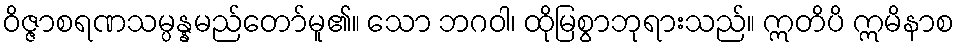
ဝိဇ္ဇာစရဏသမ္ပန္နမည်တော်မူ၏။ သော ဘဂဝါ၊ ထိုမြစွာဘုရားသည်။ ဣတိပိ ဣမိနာစ